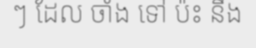
ៗ ដែល ចាំង ទៅ ប៉ះ នឹង